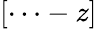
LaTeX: [\cdots-z]